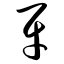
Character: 牙